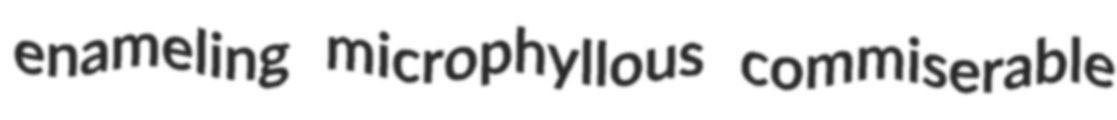
enameling microphyllous commiserable